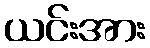
ယင်းအား